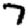
Digit: 7